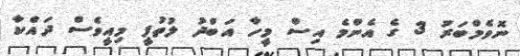
ނޮވެމްބަރު 3 ގެ އެންމެ އިސް މީހާ އަބްދު ލުތުފީ މިއީވެސް ދައްކާ